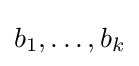
b_{1},\ldots ,b_{k}